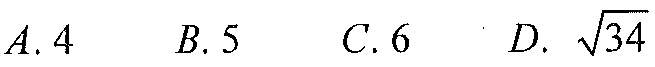
$A. \ 4\quad B. \ 5\quad C. \ 6\quad D.\ \sqrt{34}$